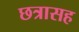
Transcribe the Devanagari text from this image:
छत्रासह